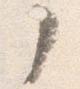
了